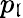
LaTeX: p_{\mathfrak{l}}